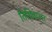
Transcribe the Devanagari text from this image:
तिथिवाला